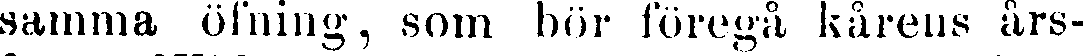
samma öfning, som bör föregå kårens års-